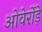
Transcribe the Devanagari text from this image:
ओवेर्रोड़े